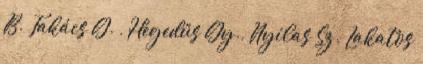
B. Takács G. , Hegedűs Gy., Nyilas Sz. Lakatos